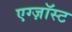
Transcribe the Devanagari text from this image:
एग्ज़ॉस्ट